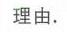
理由.